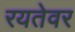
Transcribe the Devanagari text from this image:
रयतेवर